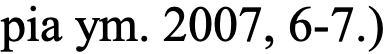
pia ym. 2007, 6-7.)